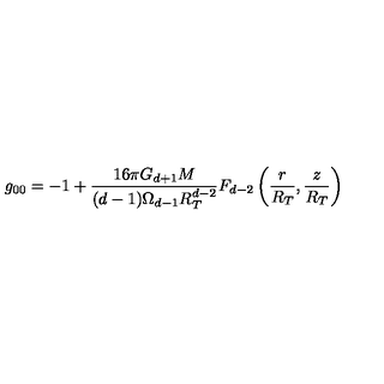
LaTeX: g _ { 0 0 } = - 1 + \frac { 1 6 \pi G _ { d + 1 } M } { ( d - 1 ) \Omega _ { d - 1 } R _ { T } ^ { d - 2 } } F _ { d - 2 } \left( \frac { r } { R _ { T } } , \frac { z } { R _ { T } } \right)